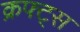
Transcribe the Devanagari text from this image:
क्रफ्ट्स